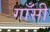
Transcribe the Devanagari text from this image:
गाँसी